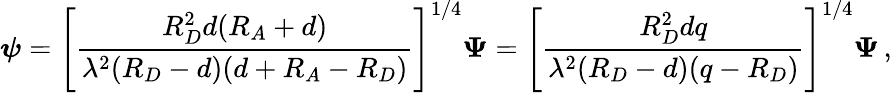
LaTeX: \boldsymbol\psi=\left[{\frac{R_{D}^{2}d(R_{A}+d)}{\lambda^{2}(R_{D}-d)(d+R_{A}-R_{D})}}\right]^{1/4}\boldsymbol\Psi=\left[{\frac{R_{D}^{2}dq}{\lambda^{2}(R_{D}-d)(q-R_{D})}}\right]^{1/4}\boldsymbol\Psi\, ,